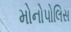
મોનોપોલિસ